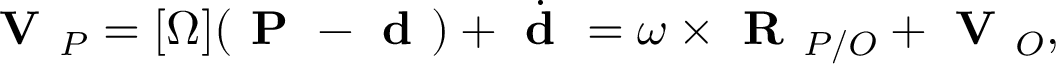
{ \textbf { V } } _ { P } = [ \Omega ] ( { \textbf { P } } - { \textbf { d } } ) + { \dot { \textbf { d } } } = \omega \times { \textbf { R } } _ { P / O } + { \textbf { V } } _ { O } ,